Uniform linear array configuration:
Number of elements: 48
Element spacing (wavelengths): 0.75
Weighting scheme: kaiser
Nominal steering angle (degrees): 0
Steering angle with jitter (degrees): -1.91
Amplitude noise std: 0.05
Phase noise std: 0.05

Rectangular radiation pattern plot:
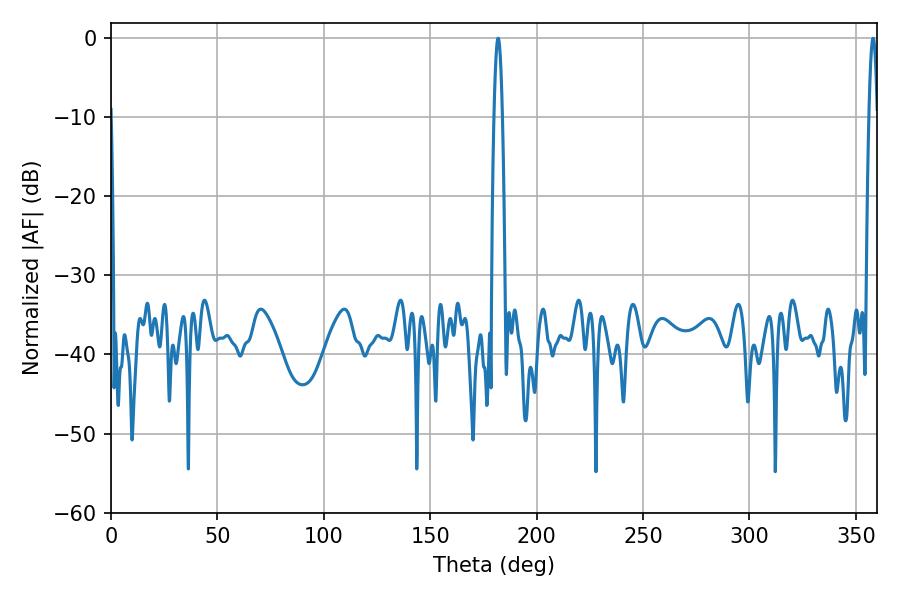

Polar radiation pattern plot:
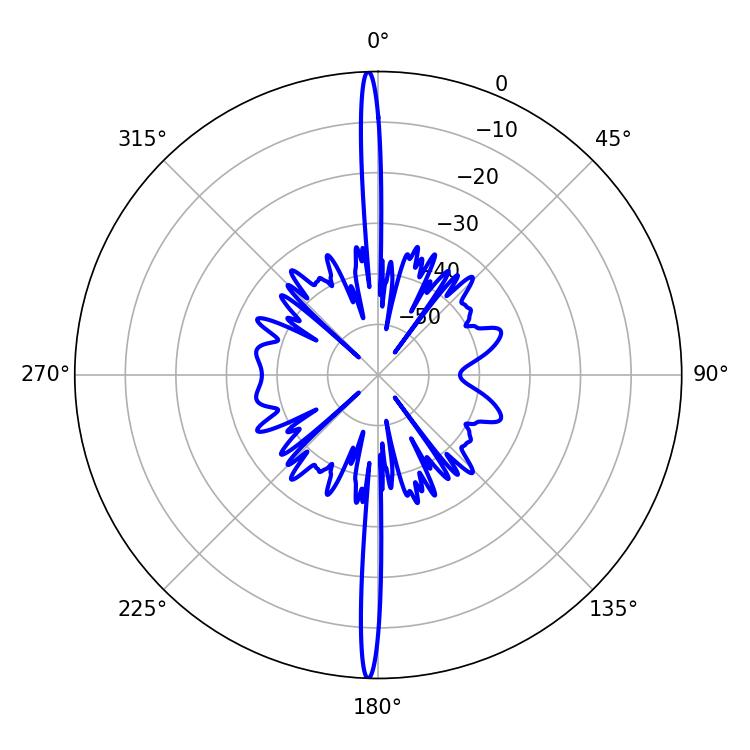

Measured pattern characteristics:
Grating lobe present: TRUE
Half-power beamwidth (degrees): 1.98
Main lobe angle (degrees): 358.02